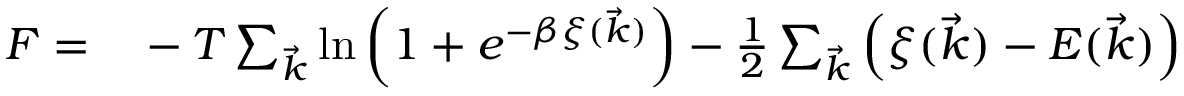
\begin{array} { r l } { F = } & { { } - T \sum _ { \vec { k } } \ln \left( 1 + e ^ { - \beta \xi ( \vec { k } ) } \right) - { \textstyle { \frac { 1 } { 2 } } } \sum _ { \vec { k } } \left( \xi ( \vec { k } ) - E ( \vec { k } ) \right) } \end{array}